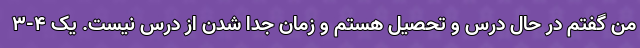
من گفتم در حال درس و تحصیل هستم و زمان جدا شدن از درس نیست. یک ۴-۳